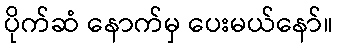
ပိုက်ဆံ နောက်မှ ပေးမယ်နော်။